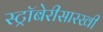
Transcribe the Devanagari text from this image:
स्ट्रॉबेरीसारखी